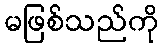
မဖြစ်သည်ကို